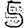
Digit: 5